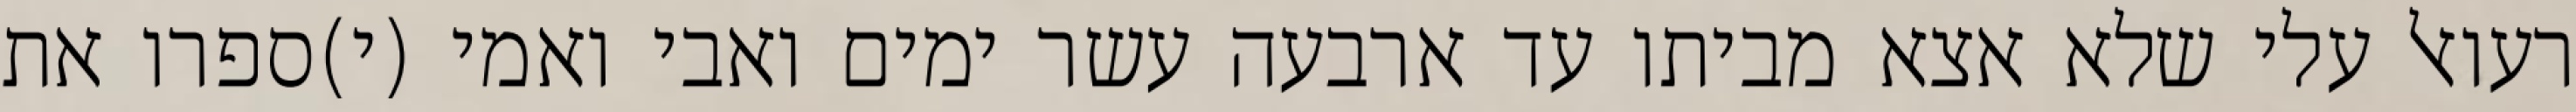
רעואל עלי שלא אצא מביתו עד ארבעה עשר ימים ואבי ואמי (י)ספרו את